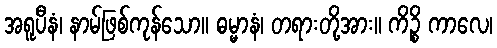
အရူပီနံ၊ နာမ်ဖြစ်ကုန်သော။ ဓမ္မာနံ၊ တရားတို့အား။ ကိဉ္စိ ကာလေ၊